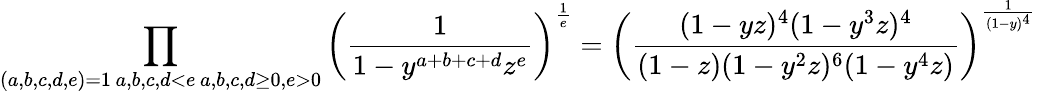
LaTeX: \prod_{\substack{(a,b,c,d,e)=1\, a,b,c,d<e\, a,b,c,d\geq 0,e>0}}\left(\frac{1}{1-y^{a+b+c+d}z^{e}}\right)^{\frac{1}{e}}=\left(\frac{(1-yz)^{4}(1-y^{3}z)^{4}}{(1-z)(1-y^{2}z)^{6}(1-y^{4}z)}\right)^{\frac{1}{(1-y)^{4}}}